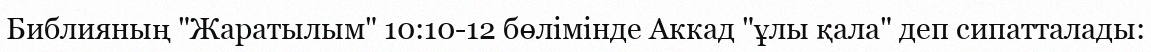
Библияның "Жаратылым" 10:10-12 бөлімінде Аккад "ұлы қала" деп сипатталады: